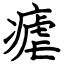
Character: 瘧